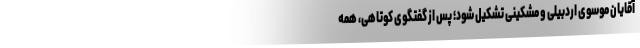
آقایان موسوی اردبیلی و مشکینی تشکیل شود؛ پس از گفتگوی کوتاهی، همه